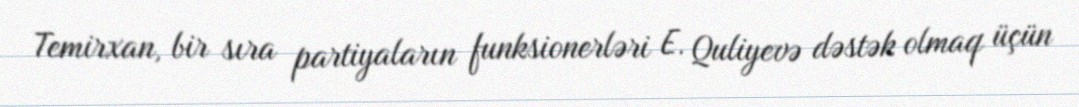
Temirxan, bir sıra partiyaların funksionerləri E. Quliyevə dəstək olmaq üçün